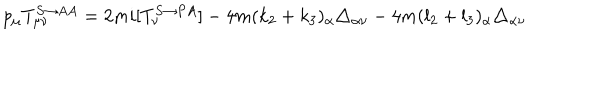
p _ { \mu } T _ { \mu \nu } ^ { S \rightarrow A A } = 2 m i [ T _ { \nu } ^ { S \rightarrow P A } ] - 4 m ( k _ { 2 } + k _ { 3 } ) _ { \alpha } \triangle _ { \alpha \nu } - 4 m ( l _ { 2 } + l _ { 3 } ) _ { \alpha } \triangle _ { \alpha \nu }